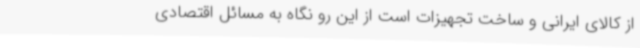
از کالای ایرانی و ساخت تجهیزات است از این رو نگاه به مسائل اقتصادی